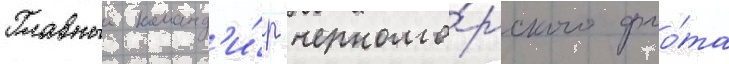
Главныи команд'и́р черномо́рского фло́та